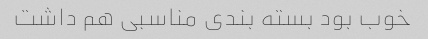
خوب بود بسته بندی مناسبی هم داشت